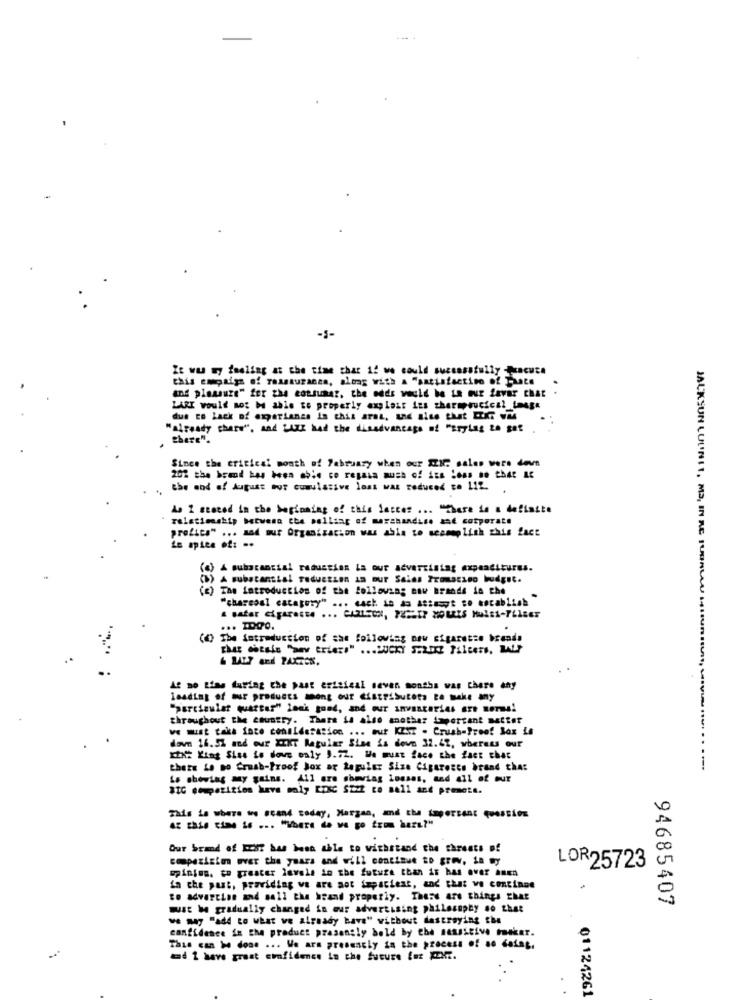
-1-
Ze ww wy feeling at the time char 1! we could successfully -Jacute
this enpaig of raassuzanea, altag with a "satisfaction of Thate
and pleasure" fer the consumer, the odds would be La mur favar chat
LARI would not M able to properly exploit ins therapeutical image
due to lack of experianss in this arat, und aise that IT was
"already chare", and LAXE had the disadvantage of "Brylag to get
Since the critical month of February when our IN? sales were devs
the end of August our cumulative lont was reduced to 112.
As 2 stated in the beginning of this lacces ... "There is a definite
relationship between the pollsar of merchandise and corporate
profica" ... sad out Organizacion was able to sesmaplish ghis fact
Le apice of: ..
(a) A substantial reduction la our advertising expenditures.
(B) A substantial reduction In Dur Sains Prosesso budget.
) The introduction of the following now Brands in the
"charcos] catagory" ... cach is ds Attest to cocablick
... IDOO.
(0) The introduction of sae following new sigaretze brands
that chesis "any triezs" ... LUCKY S.LIKE Filters, ILP
AS no time during the past erisical seven months was there any
loading of our products mong our distribuceta to make any
"particular quarta"" lock gond, and our anvastories are norme!
throughout the country. There is also another important matter
we must take into consideration ... out KIST . Crush-Ireof Lox is
down 16.5% and our XIKT Regular Sine is down 32.42, whereas our
Khz King Sise io dowe only 1.72. We must face the fact chat
thete Lo no Cruab-Proof Box or tapular Size Cigarette brand char
Ls showing any gains. 411 ore gheriag Losses, and all of our
BIC competition kava only ErXC SEZZ to sell and premete.
This is where we scand today, Marzan, and the important question
az this time is ... "Where do we go from here?"
Our brand of ECHT has been able to withstand the threats of
compezision over the years and will continue to grov, La wy
opinion. co greater levels in the future than in has over anen
LOR25723
in the past, providing we are not impaciest, and that we continne
to advarcion and sell the hrand properly. There are things that
94685407
must be gradually changed in our advertising philosophy so that
we may "add to what ve already have" without destroying che
confidence in the product presently bold by the sensitive maker.
This can be done ... We ars presently in the process of ao daiag,
and 1 have great confidence in the future for ICKi.
01124261